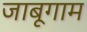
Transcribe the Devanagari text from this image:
जाबूगाम